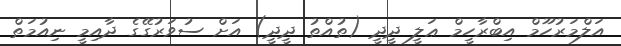
އަލްމަރުހޫމް އިބްރާހީމް ޢަލީ ދީދީ (ތުއްތު ދީދީ) އަށް ސުވަރުގޭގެ ދާއިމީ ނިއުމަތް